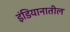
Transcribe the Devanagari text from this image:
इंडियानातील